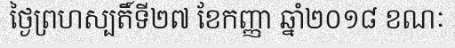
ថ្ងៃព្រហស្បតិ៍ទី២៧ ខែកញ្ញា ឆ្នាំ២០១៨ ខណៈ